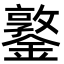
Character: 鐜